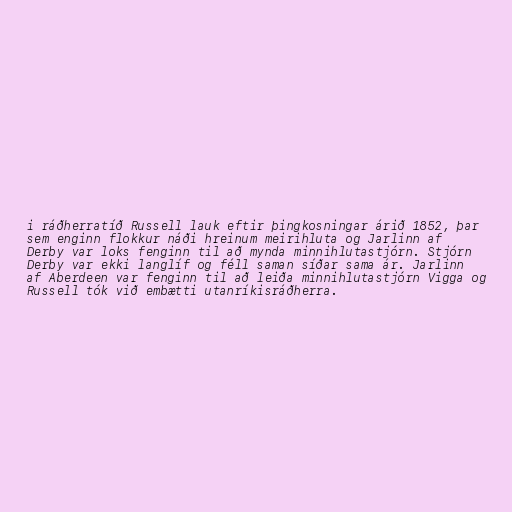
i ráðherratíð Russell lauk eftir þingkosningar árið 1852, þar
sem enginn flokkur náði hreinum meirihluta og Jarlinn af
Derby var loks fenginn til að mynda minnihlutastjórn. Stjórn
Derby var ekki langlíf og féll saman síðar sama ár. Jarlinn
af Aberdeen var fenginn til að leiða minnihlutastjórn Vigga og
Russell tók við embætti utanríkisráðherra.